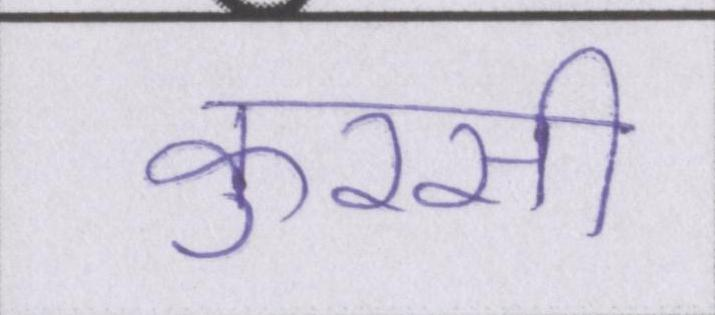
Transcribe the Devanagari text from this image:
कुरसी